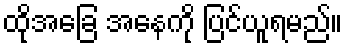
ထိုအခြေ အနေကို ပြင်ယူရမည်။